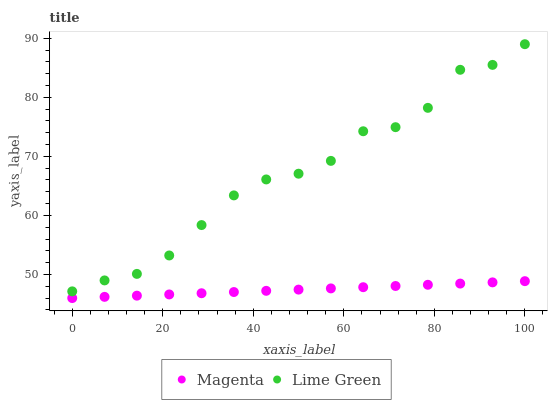
| xaxis_label | Magenta | Lime Green |
 | --- | --- | --- |
 | 0 | 46 | 47.1 |
 | 7.14 | 46.2 | 49 |
 | 14.3 | 46.4 | 50.1 |
 | 21.4 | 46.6 | 53.2 |
 | 28.6 | 46.8 | 58.4 |
 | 35.7 | 47 | 63.4 |
 | 42.9 | 47.2 | 66.1 |
 | 50 | 47.4 | 67.1 |
 | 57.1 | 47.6 | 69.2 |
 | 64.3 | 47.8 | 74.2 |
 | 71.4 | 48 | 74.9 |
 | 78.6 | 48.2 | 78.2 |
 | 85.7 | 48.5 | 84.7 |
 | 92.9 | 48.7 | 85.5 |
 | 100 | 48.9 | 89 |